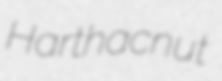
Harthacnut